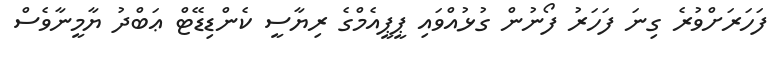
ފަހަރަށްވުރެ ގިނަ ފަހަރު ފޯނުން ގުޅުއްވައި ޕީޕީއެމްގެ ރިޔާސީ ކެންޑިޑޭޓް ޢަބްދު ޔާމީނާވެސް